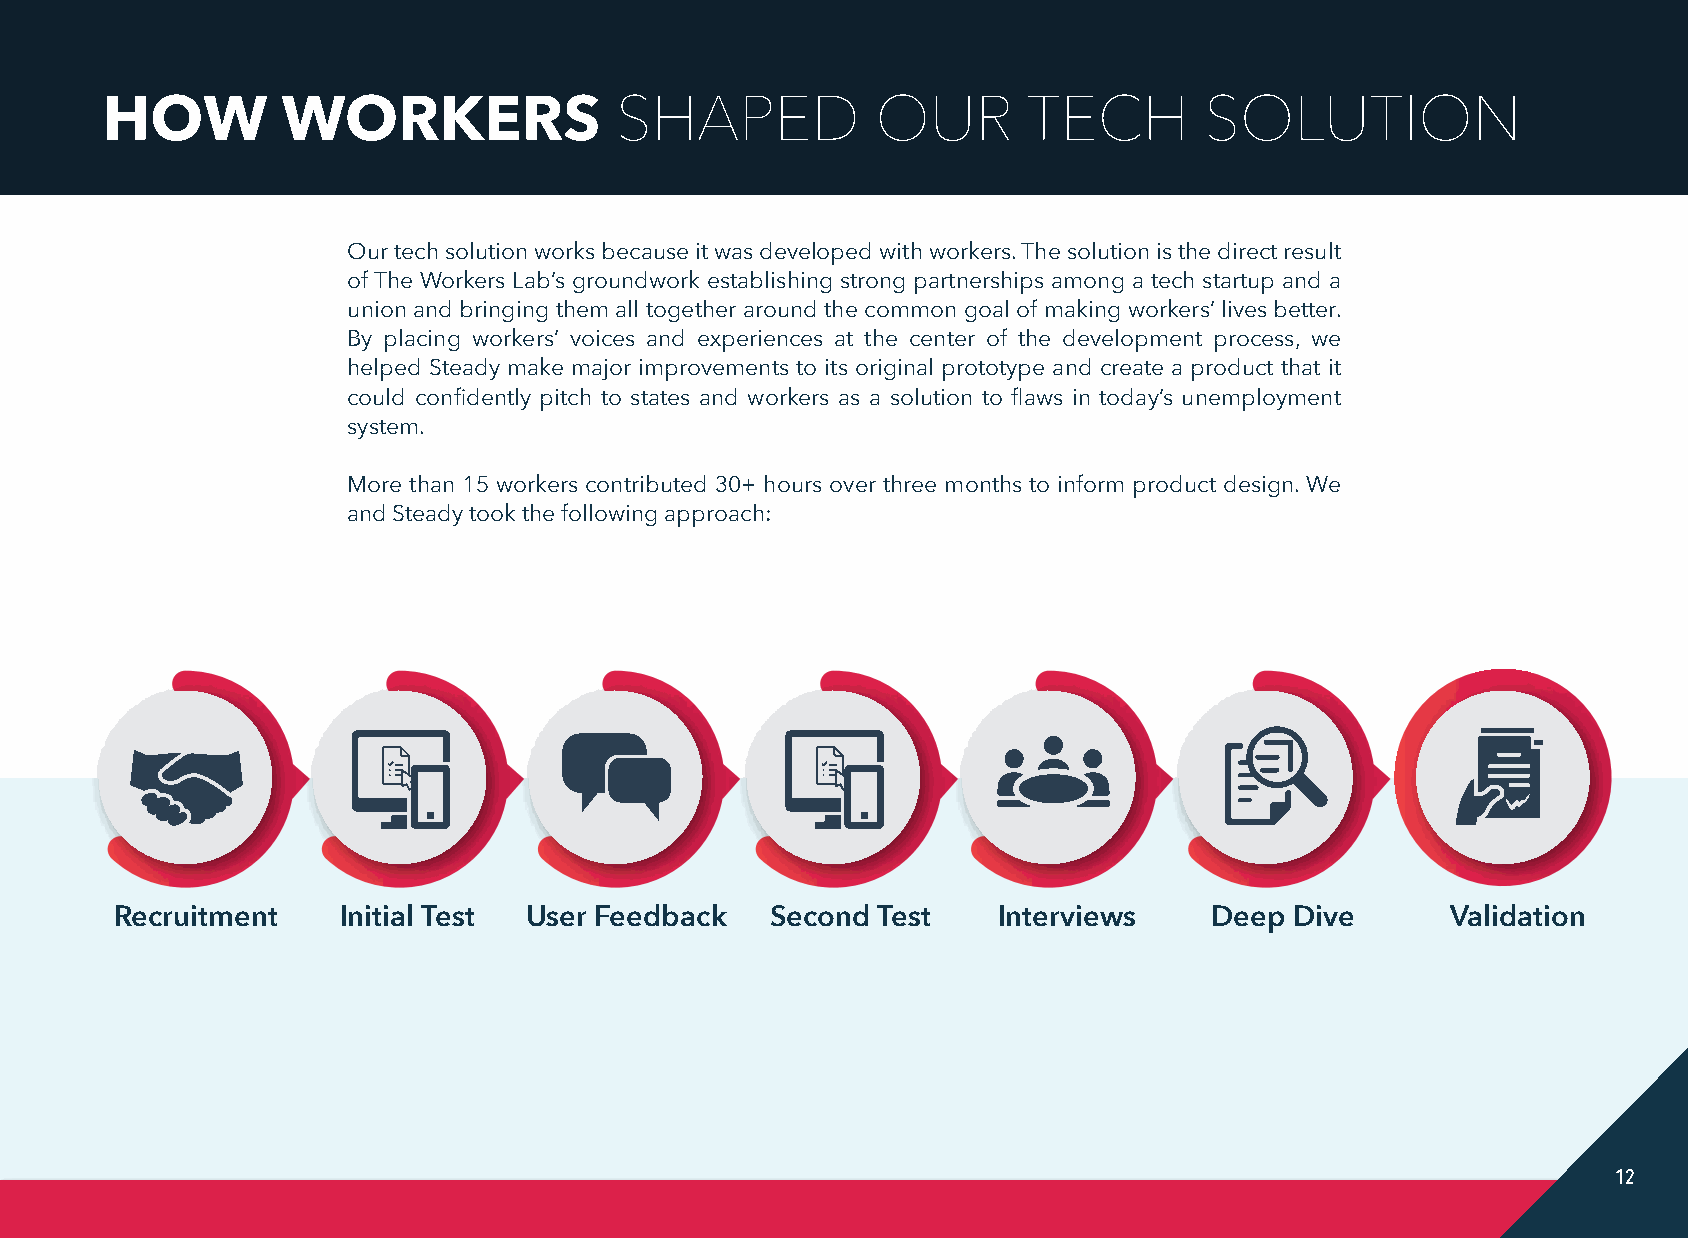
SHAPED           OUR       TECH        SOLUTION
 HOW         WORKERS
 Our tech solution works because it was developed with workers. The solution is the direct result
 of The Workers Lab’s groundwork establishing strong partnerships among a tech startup and a
 union and bringing them all together around the common goal of making workers’ lives better.
 By placing workers’ voices and experiences at the center of the development process, we
 helped Steady make major improvements to its original prototype and create a product that it
 could confidently pitch to states and workers as a solution to flaws in today’s unemployment
 system.
 More than 15 workers contributed 30+ hours over three months to inform product design. We
 and Steady took the following approach:
 Recruitment    Initial Test User Feedback  Second Test    Interviews    Deep  Dive      Validation
 12